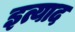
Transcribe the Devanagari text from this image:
इत्याद